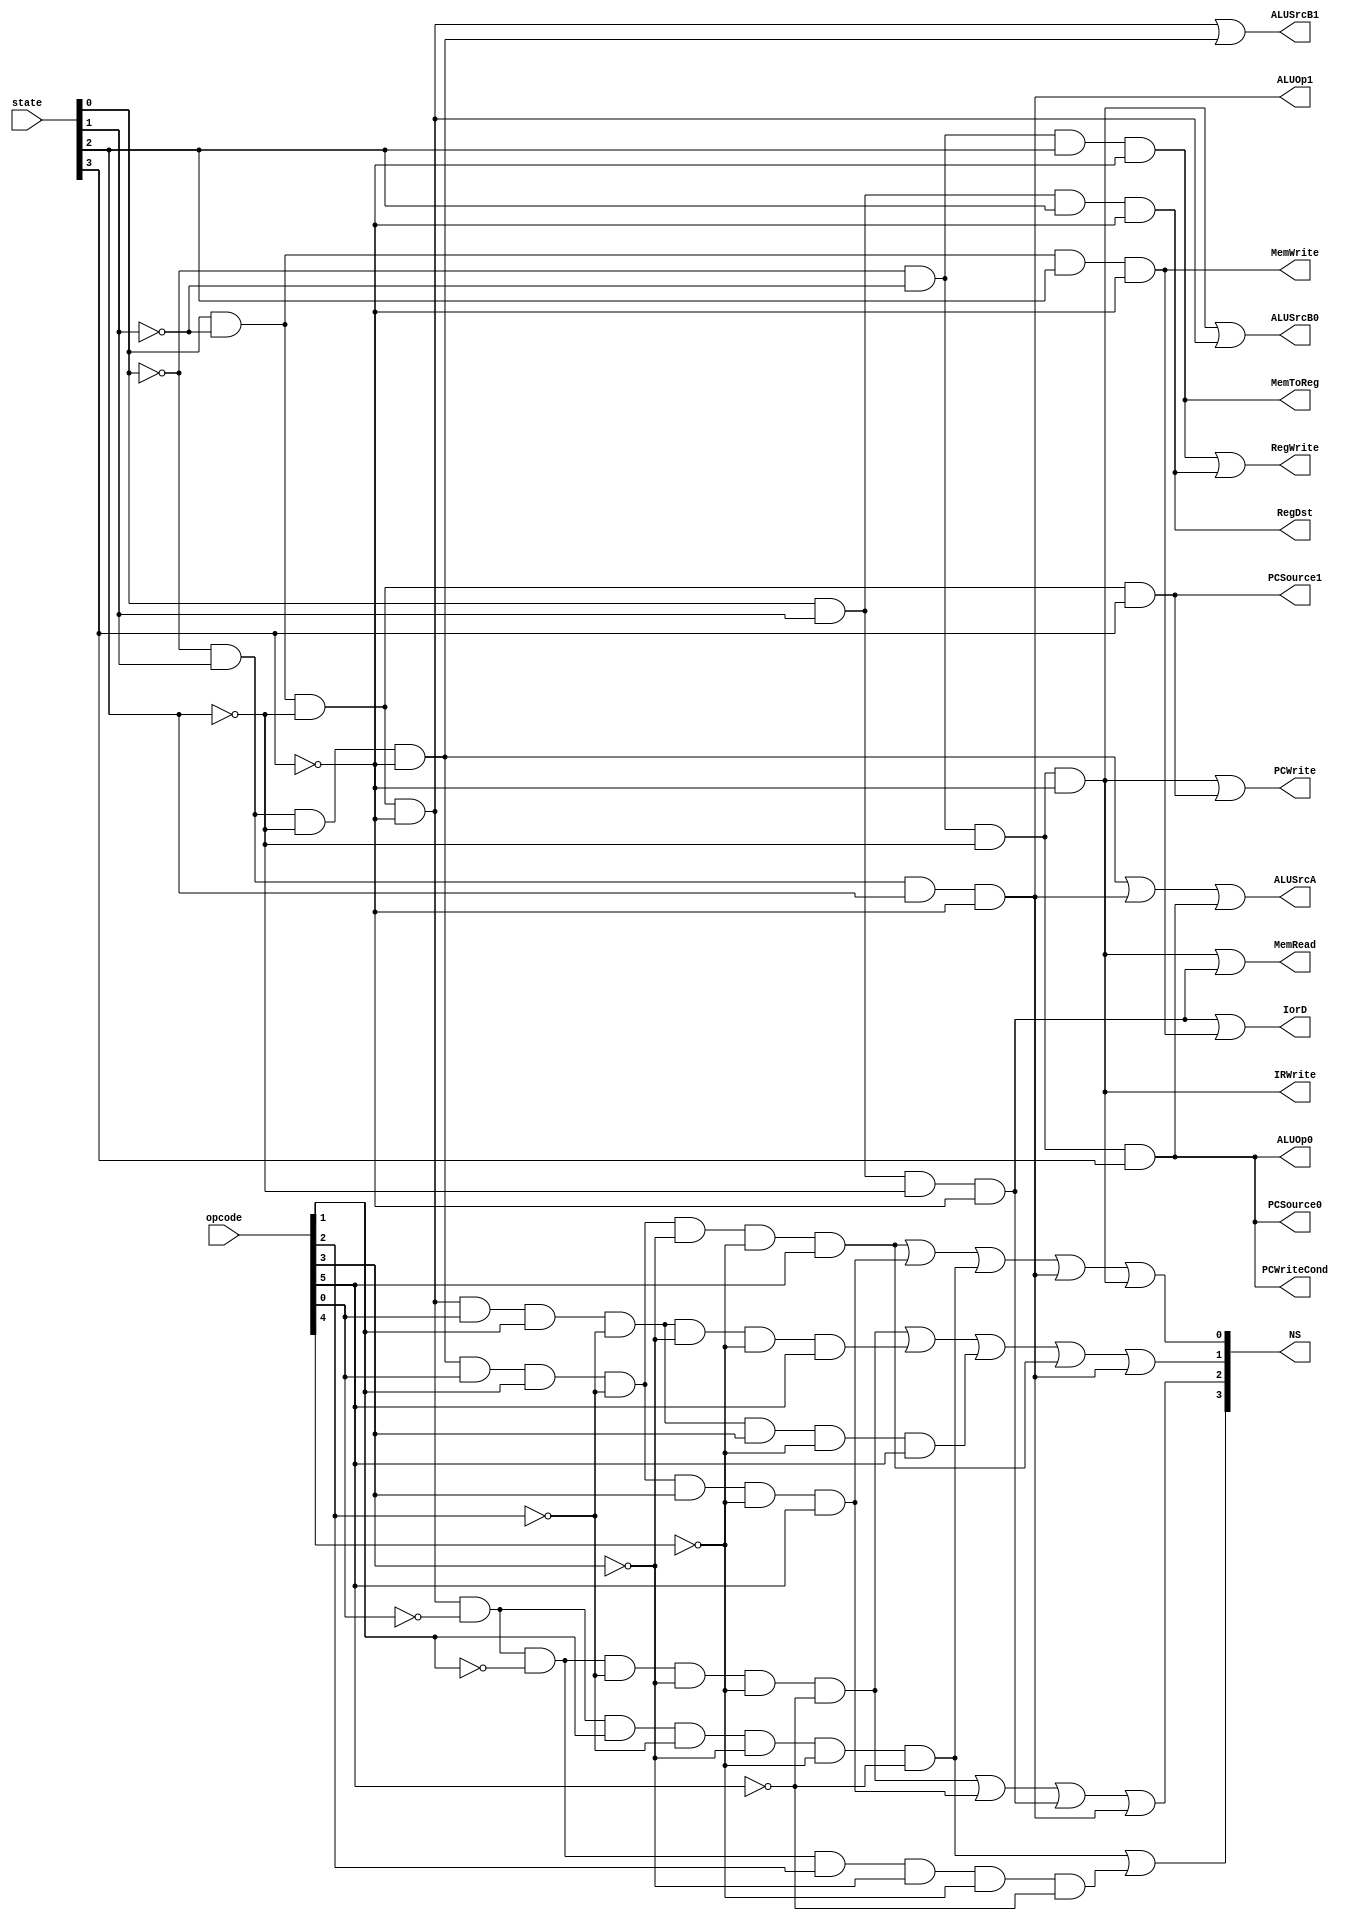
`ifndef MC
`define MC
	module mainController(
		input [5:0] opcode ,
		input [3:0] state,
		output PCWrite ,
		output PCWriteCond,
		output IorD,
		output MemRead,
		output MemWrite,
		output IRWrite,
		output MemToReg,
		output PCSource1,
		output PCSource0,
		output ALUOp1,
		output ALUOp0,
		output ALUSrcB1,
		output ALUSrcB0,
		output ALUSrcA,
		output RegWrite,
		output RegDst,
		output [3:0] NS);
		
		wire [16:0] ands;
		
		assign ands[0] = ((~state[0]) & (~state[1]) & (~state[2]) & (~state[3]) );
		assign ands[1] = ((state[0]) & (~state[1]) & (~state[2]) & (~state[3]) );
		assign ands[2] = ((~state[0]) & (state[1]) & (~state[2]) & (~state[3]) );
		assign ands[3] = ((state[0]) & (state[1]) & (~state[2]) & (~state[3]) );
		assign ands[4] = ((~state[0]) & (~state[1]) & (state[2]) & (~state[3]) );
		assign ands[5] = ((state[0]) & (~state[1]) & (state[2]) & (~state[3]) );
		assign ands[6] = ((~state[0]) & (state[1]) & (state[2]) & (~state[3]) );
		assign ands[7] = ((state[0]) & (state[1]) & (state[2]) & (~state[3]) );
		assign ands[8] = ((~state[0]) & (~state[1]) & (~state[2]) & (state[3]) );
		assign ands[9] = ((state[0]) & (~state[1]) & (~state[2]) & (state[3]) );
		assign ands[10] = ((state[0]) & (~state[1]) & (~state[2]) & (~state[3]) & (~opcode[0]) & (opcode[1]) & (~opcode[2]) & (~opcode[3]) & (~opcode[4]) & (~opcode[5]) );
		assign ands[11] = ((state[0]) & (~state[1]) & (~state[2]) & (~state[3]) & (~opcode[0]) & (~opcode[1]) & (opcode[2]) & (~opcode[3]) & (~opcode[4]) & (~opcode[5]) );
		assign ands[12] = ((state[0]) & (~state[1]) & (~state[2]) & (~state[3]) & (~opcode[0]) & (~opcode[1]) & (~opcode[2]) & (~opcode[3]) & (~opcode[4]) & (~opcode[5]) );
		assign ands[13] = ((~state[0]) & (state[1]) & (~state[2]) & (~state[3]) & (opcode[0]) & (opcode[1]) & (~opcode[2]) & (opcode[3]) & (~opcode[4]) & (opcode[5]) );
		assign ands[14] = ((state[0]) & (~state[1]) & (~state[2]) & (~state[3]) & (opcode[0]) & (opcode[1]) & (~opcode[2]) & (~opcode[3]) & (~opcode[4]) & (opcode[5]) );
		assign ands[15] = ((state[0]) & (~state[1]) & (~state[2]) & (~state[3]) & (opcode[0]) & (opcode[1]) & (~opcode[2]) & (opcode[3]) & (~opcode[4]) & (opcode[5]) );
		assign ands[16] = ((~state[0]) & (state[1]) & (~state[2]) & (~state[3]) & (opcode[0]) & (opcode[1]) & (~opcode[2]) & (~opcode[3]) & (~opcode[4]) & (opcode[5]) );
		
		
		assign PCWrite = ands[0] | ands[9];
		assign PCWriteCond = ands[8];
		assign IorD = ands[3] | ands[5];
		assign MemRead = ands[0] | ands[3];
		assign MemWrite = ands[5];
		assign IRWrite = ands[0];
		assign MemToReg = ands[4];
		assign PCSource1 = ands[9] ;
		assign PCSource0 = ands[8];
		assign ALUOp1 = ands[6];
		assign ALUOp0 = ands[8];
		assign ALUSrcB1 = ands[1] | ands[2];
		assign ALUSrcB0 = ands[0] | ands[1]; 
		assign ALUSrcA = ands[2] | ands[6] | ands[8] ;
		assign RegWrite = ands[4] | ands[7] ;
		assign RegDst = ands[7] ;
		
		assign NS[3] = ands[10] | ands[11] ;
		assign NS[2] = ands[12] | ands[13] | ands[3] | ands[6] ;
		assign NS[1] = ands[12] | ands[14] | ands[15] | ands[16] | ands[6] ;
		assign NS[0] = ands[16] | ands[13] | ands[10] | ands[6] | ands[0] ;
		
		
	endmodule
`endif

module tb_mc();

	reg [5:0] opcode;
	reg [3:0] state;
	wire PCWrite ;
	wire PCWriteCond;
	wire IorD;
	wire MemRead;
	wire MemWrite;
	wire IRWrite;
	wire MemToReg;
	wire PCSource1;
	wire PCSource0;
	wire ALUOp1;
	wire ALUOp0;
	wire ALUSrcB1;
	wire ALUSrcB0;
	wire ALUSrcA;
	wire RegWrite;
	wire RegDst;
	wire [3:0] NS;

	mainController mc(opcode, state, PCWrite , PCWriteCond, IorD, MemRead, MemWrite, IRWrite, MemToReg, PCSource1, PCSource0, ALUOp1, ALUOp0, ALUSrcB1, ALUSrcB0, ALUSrcA, RegWrite, RegDst, NS );
	
	initial 
		$monitor("opcode: %b ",opcode,"state: %b ",state," PCWrite: %b ", PCWrite ,"PCWriteCond : %b ", PCWriteCond,"IorD: %b ", IorD," MemRead: %b ", MemRead," MemWrite: %b ", MemWrite," IRWrite: %b ", IRWrite," MemToReg: %b ", MemToReg," PCSource1: %b ", PCSource1," PCSource0: %b ", PCSource0," ALUOp1: %b ", ALUOp1," ALUOp0: %b", ALUOp0, " ALUSrcB1: %b ", ALUSrcB1," ALUSrcB0 : %b ", ALUSrcB0," ALUSrcA: %b ", ALUSrcA," RegWrite: %b ", RegWrite," RegDst: %b ", RegDst," NS: %b", NS );
	
	initial begin
		state = 4'b0000;
		#5 state = 4'b0001;
		#10 opcode = 6'h23;
		#15 state = 4'b0010;
	end
endmodule